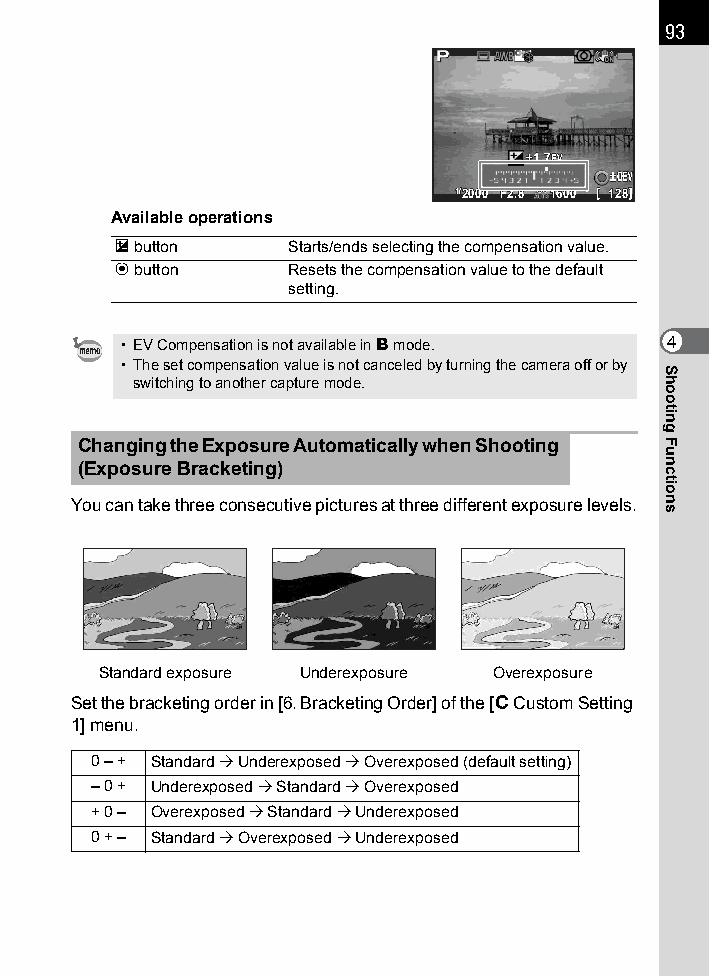
93
 ++11..77EEVV
 ±±00EEVV
 11//22000000 FF22..88 11660000 112288
 Available operations
 m button    Starts/ends selecting the compensation value.
 d button    Resets the compensation value to the default
 setting.
 • EV Compensation is not available in p mode. 4
 • The set compensation value is not canceled by turning the camera off or by
 switching to another capture mode.
 Changing the Exposure Automatically when Shooting
 (Exposure Bracketing)
 You can take three consecutive pictures at three different exposure levels.
 Standard exposure Underexposure Overexposure
 Set the bracketing order in [6. Bracketing Order] of the [A Custom Setting
 1] menu.
 0 – + Standard  Underexposed  Overexposed (default setting)
 – 0 + Underexposed  Standard  Overexposed
 + 0 – Overexposed  Standard  Underexposed
 0 + – Standard  Overexposed  Underexposed
 Shooting
 Functions